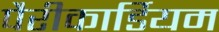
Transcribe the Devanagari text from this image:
पैरीकार्डियम